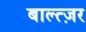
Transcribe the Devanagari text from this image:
बाल्त्ज़र